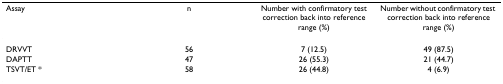
<table><thead><tr><td><b>Assay</b></td><td><b>n</b></td><td><b>Number with confirmatory test correction back into reference range (%)</b></td><td><b>Number without confirmatory test correction back into reference range (%)</b></td></tr></thead><tbody><tr><td>DRVVT</td><td>56</td><td>7 (12.5)</td><td>49 (87.5)</td></tr><tr><td>DAPTT</td><td>47</td><td>26 (55.3)</td><td>21 (44.7)</td></tr><tr><td>TSVT/ET *</td><td>58</td><td>26 (44.8)</td><td>4 (6.9)</td></tr></tbody></table>